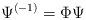
LaTeX: \begin{align*}\Psi^{(-1)}=\Phi\Psi\end{align*}